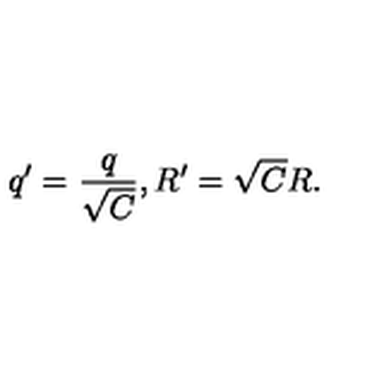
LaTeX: q ^ { \prime } = \frac q { \sqrt { C } } , R ^ { \prime } = \sqrt { C } R .